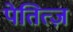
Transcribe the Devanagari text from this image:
पेतित्ज़